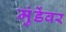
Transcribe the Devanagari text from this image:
मुंडेंवर